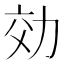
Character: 効